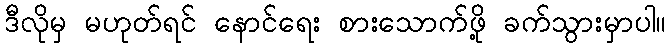
ဒီလိုမှ မဟုတ်ရင် နောင်ရေး စားသောက်ဖို့ ခက်သွားမှာပါ။